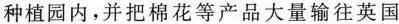
种植园内，并把棉花等产品大量输往英国